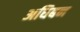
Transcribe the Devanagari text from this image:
अधिबन